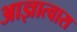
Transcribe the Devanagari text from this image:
आज्ञात्वास